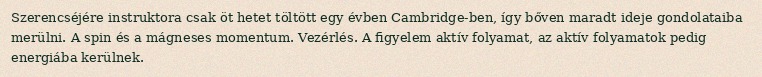
Szerencséjére instruktora csak öt hetet töltött egy évben Cambridge-ben, így bőven maradt ideje gondolataiba merülni. A spin és a mágneses momentum. Vezérlés. A figyelem aktív folyamat, az aktív folyamatok pedig energiába kerülnek.